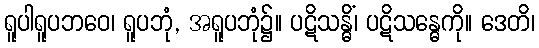
ရူပါရူပဘဝေ၊ ရူပဘုံ, အရူပဘုံ၌။ ပဋိသန္ဓိံ၊ ပဋိသန္ဓေကို။ ဒေတိ၊